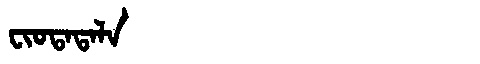
Manchu: ᠸᡳᠣᡨᠠᡨᠠᠯᠠ
Romanization: FIOTATALA